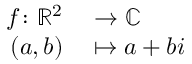
\begin{array} { r l } { f \colon \mathbb { R } ^ { 2 } } & { { } \to \mathbb { C } } \\ { ( a , b ) } & { { } \mapsto a + b i } \end{array}